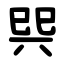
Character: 巺